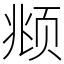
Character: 𫖯